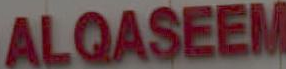
ALQASEEM